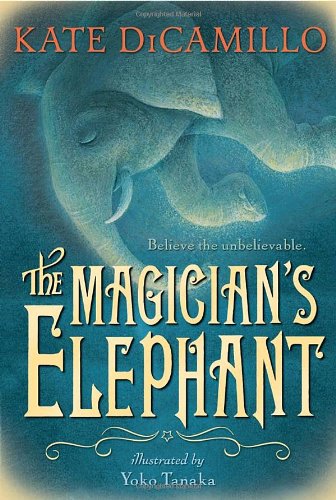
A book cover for The Magician's Elephant; Kate DiCamillo; Children's Books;